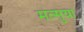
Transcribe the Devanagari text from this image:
मत्सुया